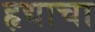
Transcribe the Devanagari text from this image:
हृद्याचा